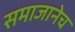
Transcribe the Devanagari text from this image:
समाजानेच